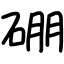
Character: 硼